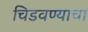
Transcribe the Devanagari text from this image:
चिडवण्याचा